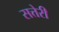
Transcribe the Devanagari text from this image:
सत्तेरी